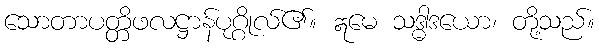
သောတာပတ္တိဖလဋ္ဌာန်ပုဂ္ဂိုလ်၏။ ဣမေ သဒ္ဓါဒယော၊ တို့သည်။